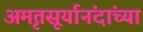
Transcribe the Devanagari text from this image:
अमृतसूर्यानंदांच्या